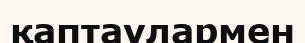
қаптаулармен